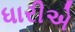
ધારીએ